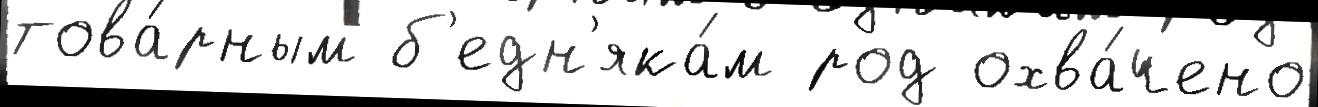
това́рным б'едн'яка́м род охва́чено